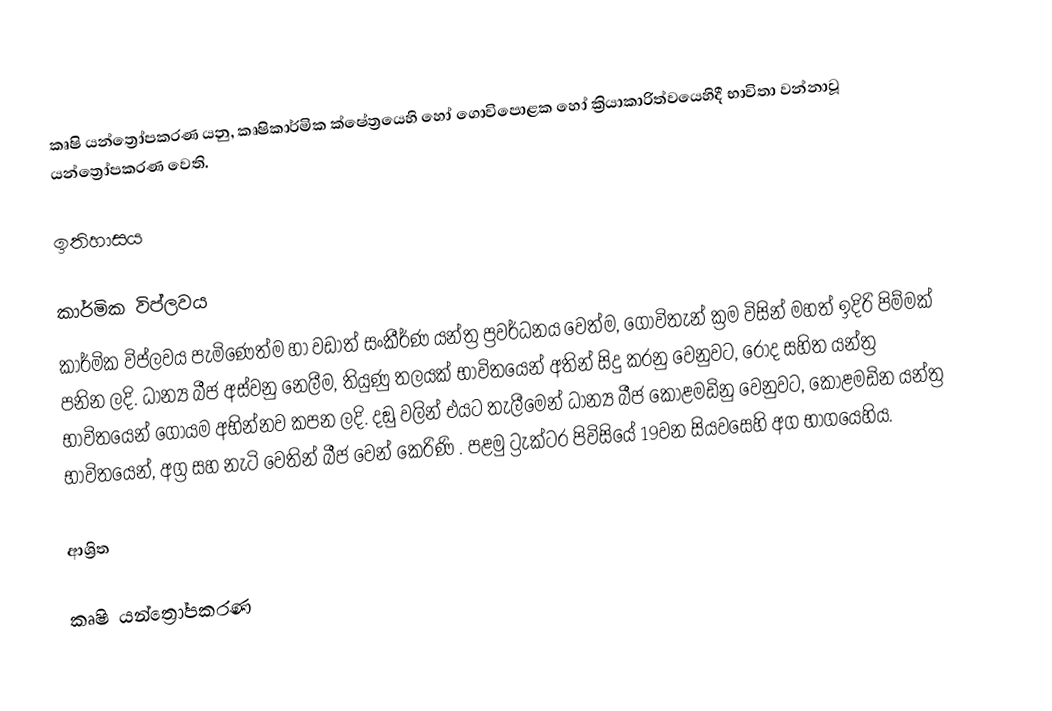
කෘෂි යන්ත්‍රෝපකරණ යනු, කෘෂිකාර්මික ක්ෂේත්‍රයෙහි හෝ ගොවිපොළක හෝ ක්‍රියාකාරිත්වයෙහිදී භාවිතා වන්නාවූ යන්ත්‍රෝපකරණ වෙති.

ඉතිහාසය

කාර්මික විප්ලවය
කාර්මික විප්ලවය පැමිණෙත්ම හා වඩාත් සංකීර්ණ යන්ත්‍ර ප්‍රවර්ධනය වෙත්ම, ගොවිතැන් ක්‍රම විසින් මහත් ඉදිරි පිම්මක් පනින ලදි. ධාන්‍ය බීජ අස්වනු නෙලීම, තියුණු තලයක් භාවිතයෙන් අතින් සිදු කරනු වෙනුවට, රෝද සහිත යන්ත්‍ර භාවිතයෙන් ගොයම අභින්නව කපන ලදි. දඞු වලින් එයට තැලීමෙන් ධාන්‍ය බීජ කොළමඩිනු වෙනුවට, කොළමඩින යන්ත්‍ර භාවිතයෙන්,  අග්‍ර සහ නැටි වෙතින් බීජ වෙන් කෙරිණි . පළමු ට්‍රැක්ටර පිවිසියේ 19වන සියවසෙහි අග භාගයෙහිය.

ආශ්‍රිත

කෘෂි යන්ත්‍රෝපකරණ